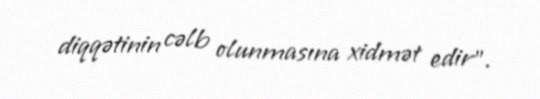
diqqətinin cəlb olunmasına xidmət edir”.